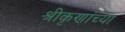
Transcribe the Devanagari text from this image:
श्रीकृणांच्या